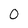
Character: 0